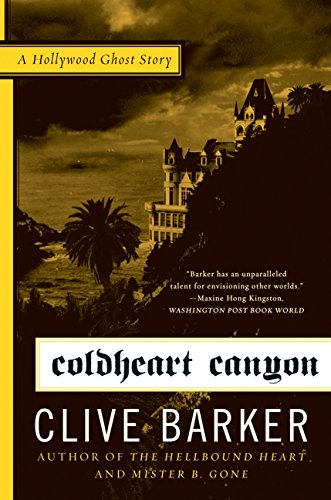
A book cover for Coldheart Canyon: A Hollywood Ghost Story; Clive Barker; Literature & Fiction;